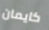
كايمان